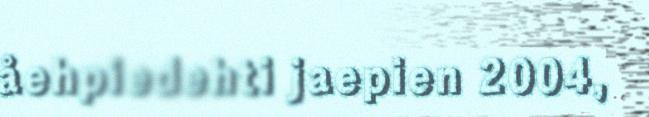
åehpiedehti jaepien 2004,